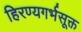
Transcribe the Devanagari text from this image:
हिरण्यगर्भसूक्त